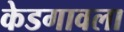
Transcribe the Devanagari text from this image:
केडगावला